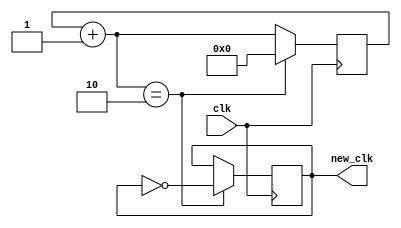
module clock_divider(
    input clk, 
    output reg new_clk);
	
	reg[32:0] count;

	initial begin
		count = 0;
		new_clk = 0;
	end
	
	always @(posedge clk)
	begin
		count = count + 1;
		if (count == 2) begin
		  new_clk <= ~new_clk;
		  count <= 0;
		  end
	end


endmodule